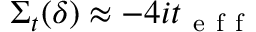
\Sigma _ { t } ( \delta ) \approx - 4 i t _ { \mathrm { ~ e ~ f ~ f ~ } }